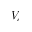
V _ { c }